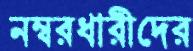
নম্বরধারীদের